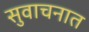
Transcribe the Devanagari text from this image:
सुवाचनात